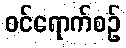
ဝင်ရောက်စဉ်